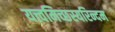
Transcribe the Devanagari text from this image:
यत्त्वमिच्छस्यरिन्दम